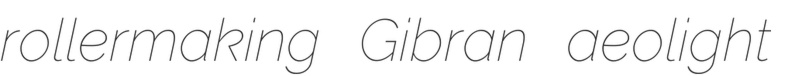
rollermaking Gibran aeolight